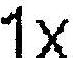
1X